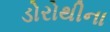
ડોરોથીના